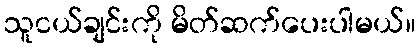
သူငယ်ချင်းကို မိတ်ဆက်ပေးပါမယ်။